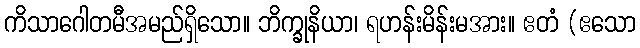
ကိသာဂေါတမီအမည်ရှိသော။ ဘိက္ခုနိယာ၊ ရဟန်းမိန်းမအား။ ဧတံ (ဧသော